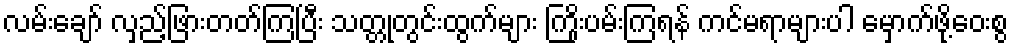
လမ်းချော် လှည့်ဖြားတတ်ကြပြီး သတ္တုတွင်းထွက်များ ကြိုးပမ်းကြရန် ကင်မရာများပါ မှောက်ဖို့ဝေးစွ